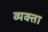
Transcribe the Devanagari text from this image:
व्यक्ता